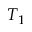
T _ { 1 }